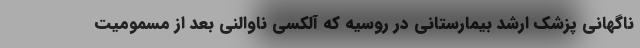
ناگهانی پزشک ارشد بیمارستانی در روسیه که آلکسی ناوالنی بعد از مسمومیت